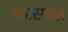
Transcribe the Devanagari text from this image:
सरसबज़